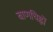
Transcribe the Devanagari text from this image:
बाणचिह्नों